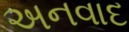
અનવાદ